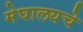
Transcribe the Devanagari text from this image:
मेघालयचे